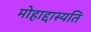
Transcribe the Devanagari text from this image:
मोहाद्दास्यति